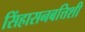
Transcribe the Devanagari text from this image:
सिंहासनबत्तिशी